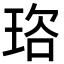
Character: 𭹒